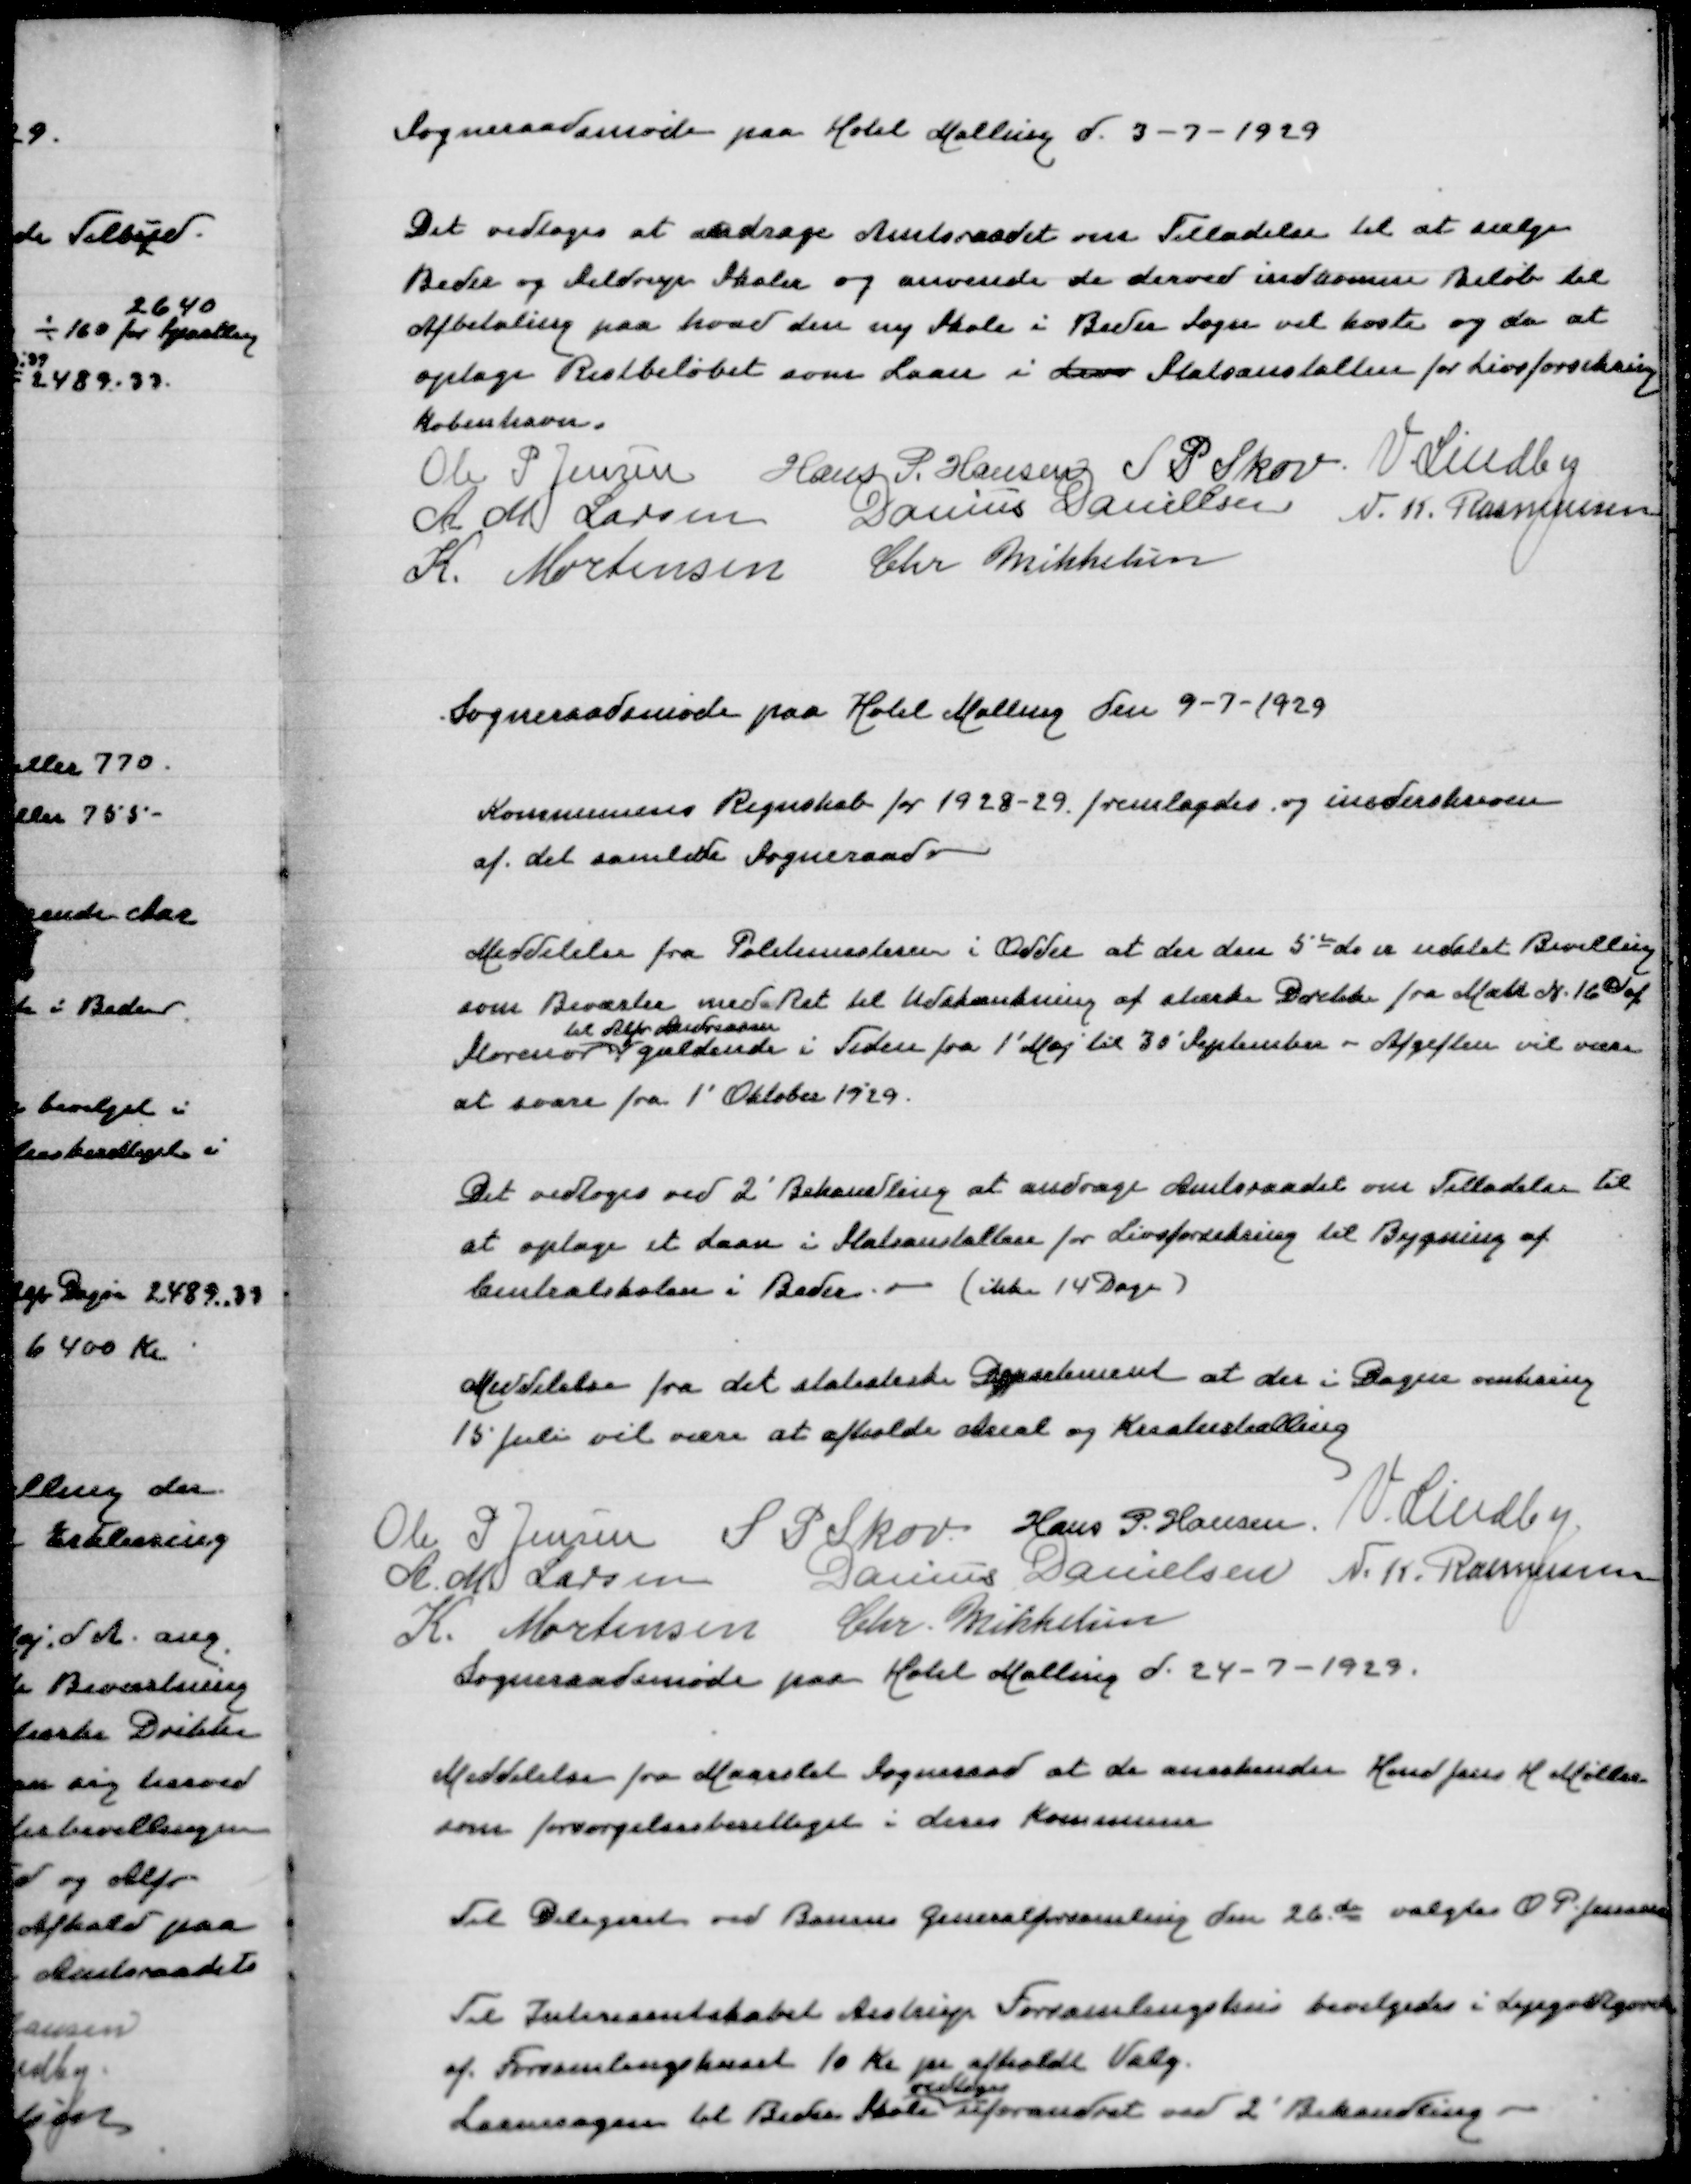
Transskription:
Sogneraadsmøde paa Hotel Malling d 3-7-1929

Det vedtoges at andrage Amtsraadet om Tilladelse til at sælge
Beder og Seldrup Skoler og anvende de derved indkomne Beløb til
Afbetaling paa hvad den ny Skole i Beder Sogn vil koste og da at
optage Restbeløbet som Laan i Livs Statsanstalten for Livsforsikring
København
Ole P Jensen
Hans P Hansen
S P Skov
V Lindby
A M Larsen
Danius Danielsen
N K Rasmussen
K Mortensen
Chr Mikkelsen

Sogneraadsmøde paa Hotel Malling den 9-7-1929

Kommunens Regnskab for 1928-29 fremlagdes og underskreven
af det samlede Sogneraad

Meddelelse fra Politimesteren i Odder at der den 5de ds er udstedt Bevilling
som Beværter med Ret til Udskænkning af stærke Drikke fra Matr N 16c af
til Alfred Andreasen
Storenor gældende i Tiden fra 1' Maj til 30' September - Afgiften vil være
at svare fra 1' Oktober 1929

Det vedtoges ved 2' Behandling at andrage Amtsraadet om Tilladelse til
at optage et Laan i Statsanstalten for Livsforsikring til Bygning af
Centralskolen i Beder - (ikke 14 Dage)

Meddelelse fra det statistiske Departemnet at der i Dagene omkring
15 Juli vil være at afholde Areal og Kreaturtælling
Ole P Jensen
S P Skov
Hans P Hansen
V Lindby
A M Larsen
Danius Danielsen
N K Rasmussen
K Mortensen
Chr Mikkelsen
Sogneraadsmøde paa Hotel Malling d 24-7-1929

Meddelelse fra Maarslet Sogneraad at de anerkender Knud Jens H Møller
som forsørgelsesberettiget i deres Kommune

Til Delegeret ved Banens Generalforsamling den 26de valgtes O P Jensen

Til Interessentskabet Aistrup Forsamlingshus bevilgedes i Lejegodtgørelse
af Forsamlingshuset 10 Kr pr afholdt Valg
vedtoges
Laanesagen til Beder Skole uforandret ved 2' Behandling